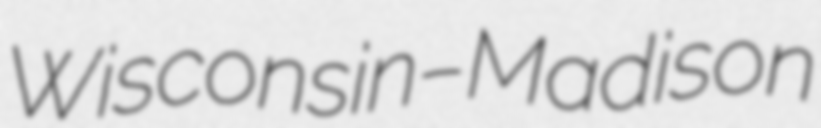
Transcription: Wisconsin–Madison